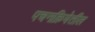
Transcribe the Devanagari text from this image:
पचनक्रियेतील